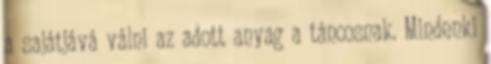
a sajátjává válni az adott anyag a táncosnak. Mindenki